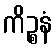
ကိဉ္စနံ